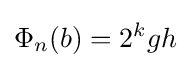
\Phi _{n}(b)=2^{k}gh